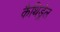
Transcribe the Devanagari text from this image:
कैथिड्रेल